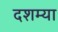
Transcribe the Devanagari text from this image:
दशम्या